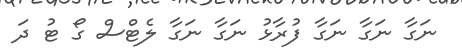
ނަގާ ނަގާ ނަގާ ފުރާޅު ނަގާ ނަގާ ލެޓްސް ގޯ ޓު ދަ